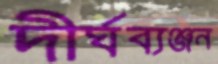
দীর্ঘব্যঞ্জন